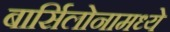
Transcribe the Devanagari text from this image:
बार्सिलोनामध्ये